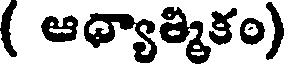
( ఆధ్యాత్మికం)